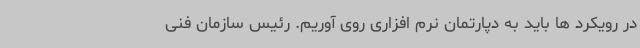
در رویکرد ها باید به دپارتمان نرم افزاری روی آوریم. رئیس سازمان فنی